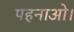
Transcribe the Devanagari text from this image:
पहनाओ।